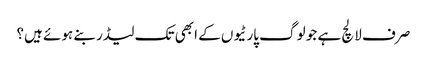
صرف لالچ ہے جو لوگ پارٹیوں کے ابھی تک لیڈر بنے ہوئے ہیں؟